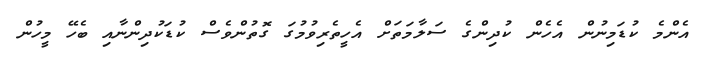
އެންމެ ކުޑަމިނުން އެހެން ކުދިންގެ ސަލާމަތަށް އެހީތެރިވުމުގަ ގޮތުންވެސް ކުޑަކުދިންނާއި ބެހޭ މީހުން